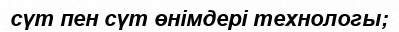
сүт пен сүт өнімдері технологы;